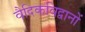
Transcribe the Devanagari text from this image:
वैदिकविद्वानों